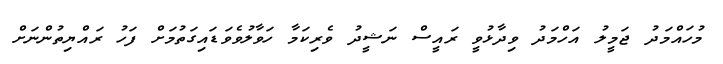
މުހައްމަދު ޖަމީލު އަހްމަދު ވިދާޅުވީ ރައީސް ނަޝީދު ވެރިކަމާ ހަވާލުވެވަޑައިގަތުމަށް ފަހު ރައްޔިތުންނަށް